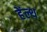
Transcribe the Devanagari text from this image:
हेंल्थ